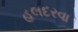
હલદરવા